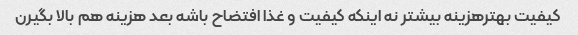
کیفیت بهتر‌هزینه بیشتر نه اینکه کیفیت و غذا افتضاح باشه بعد هزینه هم بالا بگیرن